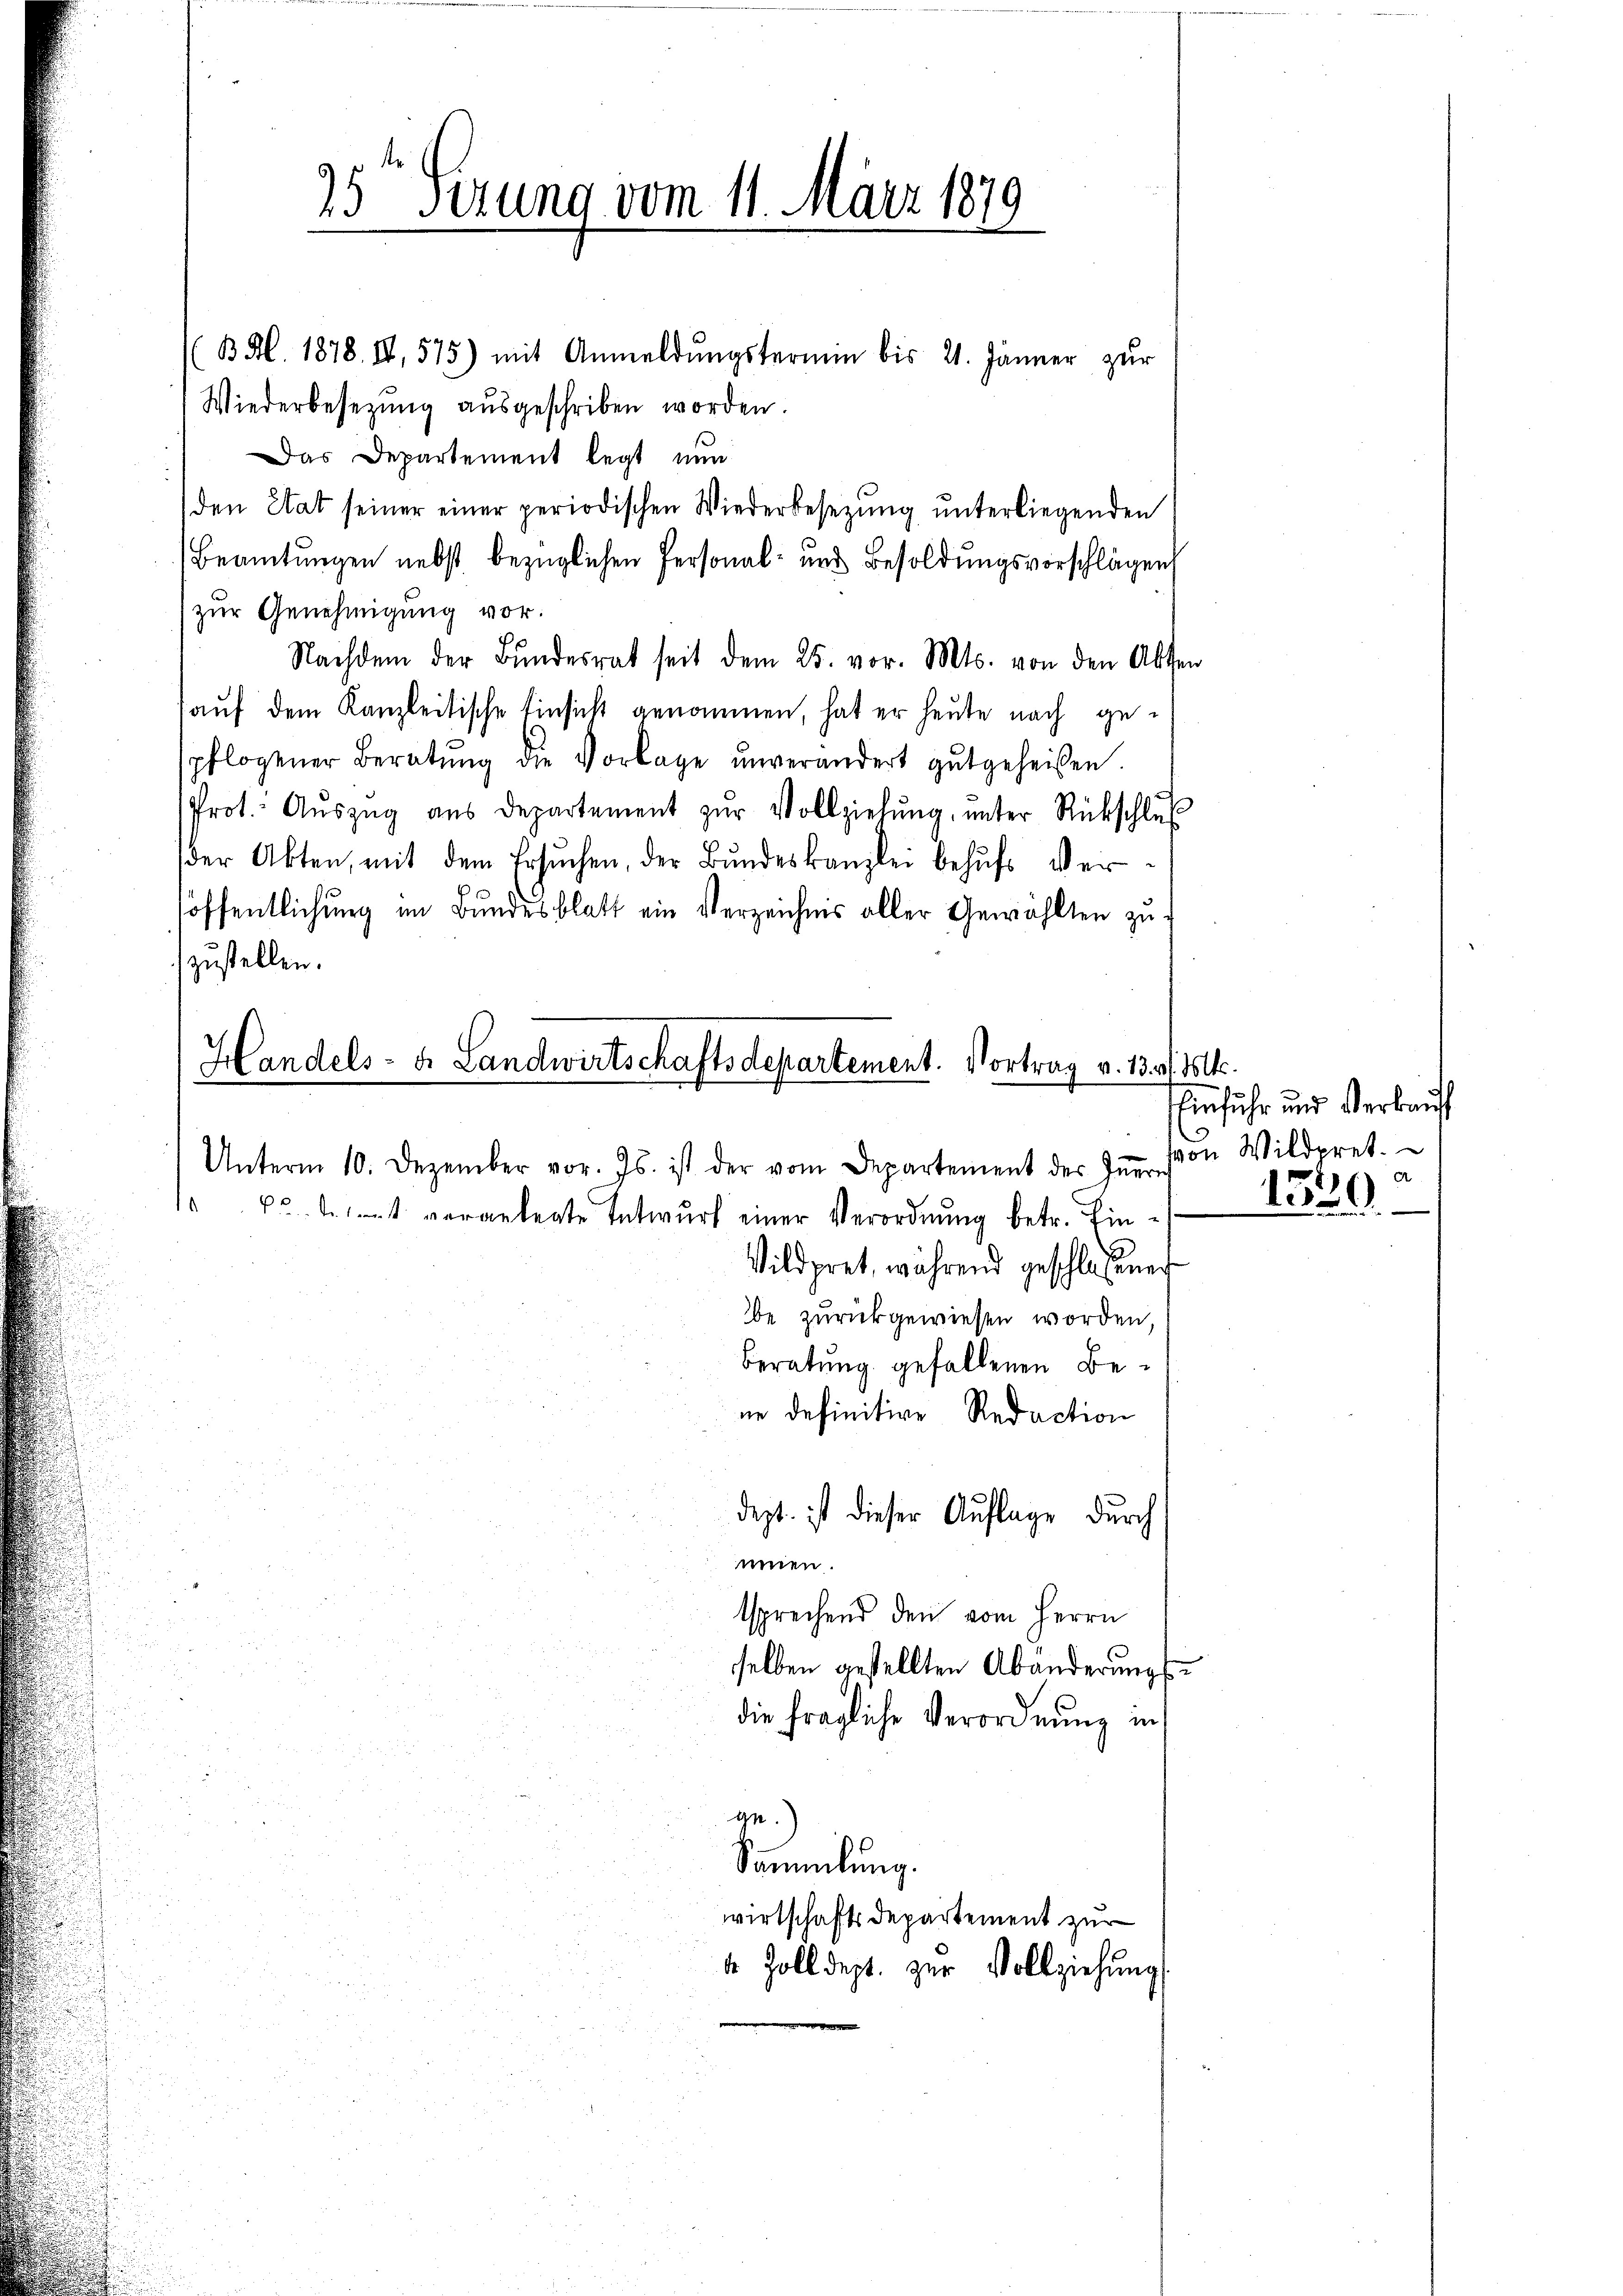
25 sezung vom 11. März 1879

(B.M. 1878. II, 575) mit Anmeldungstermin bis 21. Jänner zur
Wiederbesezung aŭsgeschriben worden.
Das Departement legt nun
den Etat seiner einer periodischen Wiederbesetzŭng ŭnterliegenden
Beamtungen nebst bezüglichen Personal- und Besoldungsvorschlägen
zur Genehmigung vor.
Nachdem der Bŭndesrat seit dem 25. vor. Mts. von den Absen
auf dem Kanzleitische Einsicht genommen, hat er heute nach gepflogener Beratŭng die Vorlage unverändert gutgeheißen.
Prot. Aŭszŭg aŭs departement zŭr Vollziehŭng ŭnter Rückschlŭβ
der Akten, mit dem Ersŭchen, der Bŭndeskanzlei behŭfs Verhöffentlichung im Bundesblatt ein Verzeichnis aller Gewählten zuzustellen.

Handels- u. Landwirtschaftsdepartement. Vortrag v. 13. v. Mtt.

Unterm 10. Dezember vor. Js. ist der vom Departement des Iṅern
6. l. veranlagte Entwŭrf einer Verordnŭng betr. Ein-
mien.

dezt ist dieser Auflage durch

Einfuhr und Verkauf
von Wildpret.
A
1530

Vildpret, während geschlossener
be zurückgewiesen worden,
Beratung gefallenen Bene definitive Redaction
tsprechend den vom Herrn
selben gestellten Abänderungs
die fragliche Verordnung in
ge.
Sammlung.
wirtschaftsdepartement zur
4. Zolldept. zur Vollziehung